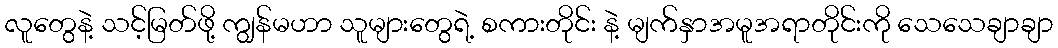
လူတွေနဲ့ သင့်မြတ်ဖို့ ကျွန်မဟာ သူများတွေရဲ့ စကားတိုင်း နဲ့ မျက်နှာအမူအရာတိုင်းကို သေသေချာချာ